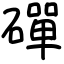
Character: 磾